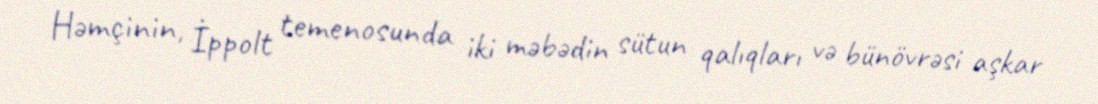
Həmçinin, İppolt temenosunda iki məbədin sütun qalıqları və bünövrəsi aşkar